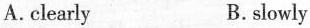
A. clearly B. slowly